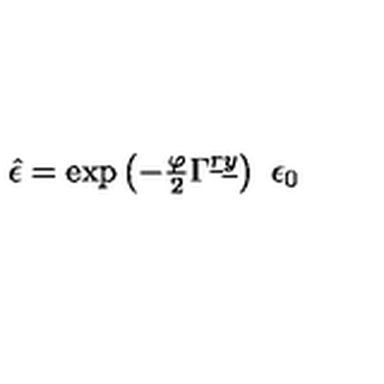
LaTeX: \hat { \epsilon } = \exp \left( - \textstyle { \frac { \varphi } { 2 } } \Gamma ^ { \underline { { r } } \underline { { y } } } \right) \ \epsilon _ { 0 }